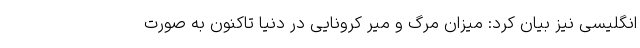
انگلیسی نیز بیان کرد: میزان مرگ و میر کرونایی در دنیا تاکنون به صورت